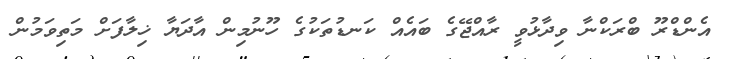
އެންޑްރޫ ބްރަކްނާ ވިދާޅުވީ ރާއްޖޭގެ ބައެއް ކަނޑުތަކުގެ ހޫނުމިން އާދަޔާ ޚިލާފަށް މަތިވަމުން